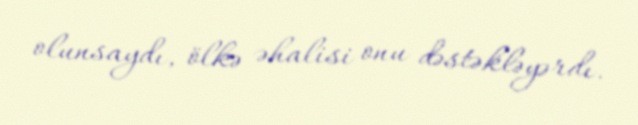
olunsaydı, ölkə əhalisi onu dəstəkləyərdı.